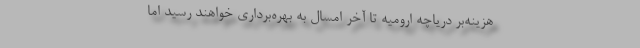
هزینه‌بر دریاچه ارومیه تا آخر امسال به بهره‌برداری خواهند رسید اما